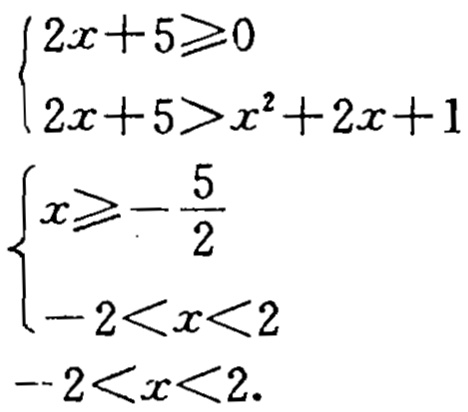
\[
\begin{cases}
2x + 5 \geqslant 0 \\
2x + 5 > x^{2} + 2x + 1
\end{cases}
\]
\[
\begin{cases}
x \geqslant -\frac{5}{2} \\
-2 < x < 2
\end{cases}
\]
\(-2 < x < 2\)